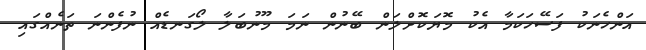
އަންހެނަކު ފަސޭހަކަމާ އެކު މޮޔަކޮށްލަން ބޭނުން ނަމަ މޫނުބަލާ ލޯގަނޑެއް ނުފެންނަ ތަނެއްގައި